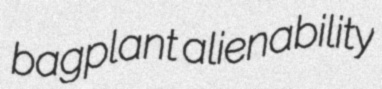
bagplant alienability